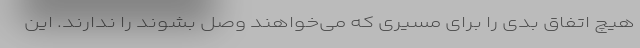
هیچ اتفاق بدی را برای مسیری که می‌خواهند وصل بشوند را ندارند. این